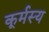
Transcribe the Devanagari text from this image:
कूर्मस्य